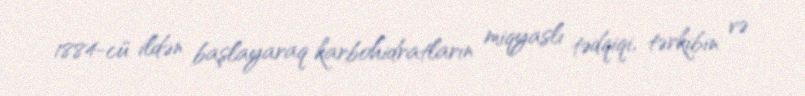
1884-cü ildən başlayaraq karbohidratların miqyaslı tədqiqi, tərkibin və